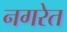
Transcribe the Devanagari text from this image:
नगरेत